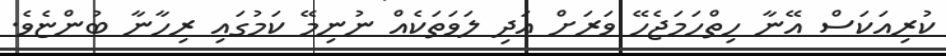
ކުރިއަކަސް އޭނާ ހިތްހަމަޖެހޭ ވަރަށް އަދި ލަވަތަކެއް ނުނިމޭ ކަމުގައި ރިހާނާ ބުންޏެވެ.